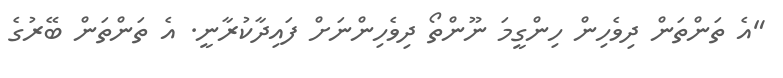
"އެ ތަންތަން ދިވެހިން ހިންގީމަ ނޫންތޯ ދިވެހިންނަށް ފައިދާކުރާނީ. އެ ތަންތަން ބޭރުގެ